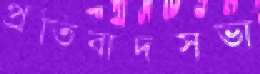
প্রতিবাদসভা